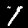
Digit: 1